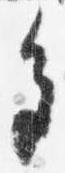
色